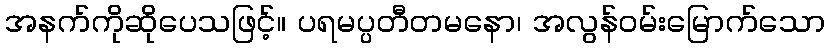
အနက်ကိုဆိုပေသဖြင့်။ ပရမပ္ပတီတမနော၊ အလွန်ဝမ်းမြောက်သော